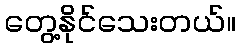
တွေ့နိုင်သေးတယ်။